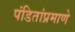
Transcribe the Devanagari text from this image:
पंडितांप्रमाणे